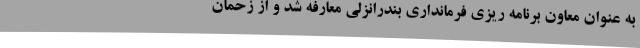
به عنوان معاون برنامه ریزی فرمانداری بندرانزلی معارفه شد و از زحمان